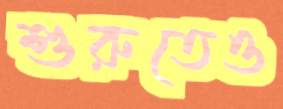
শুরুতেও